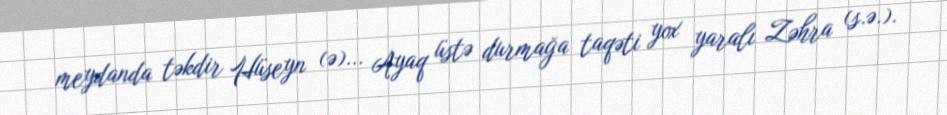
meydanda təkdir Hüseyn (ə)... Ayaq üstə durmağa taqəti yox yaralı Zəhra (s.ə.).